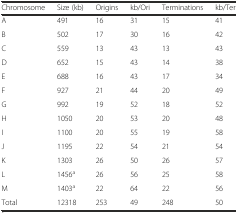
| Chromosome | Size (kb) | Origins | kb/Ori | Terminations | kb/Ter |
 | --- | --- | --- | --- | --- | --- |
 | A | 491 | 16 | 31 | 15 | 41 |
 | B | 502 | 17 | 30 | 16 | 42 |
 | C | 559 | 13 | 43 | 13 | 43 |
 | D | 652 | 15 | 43 | 14 | 38 |
 | E | 688 | 16 | 43 | 17 | 34 |
 | F | 927 | 21 | 44 | 20 | 49 |
 | G | 992 | 19 | 52 | 18 | 52 |
 | H | 1050 | 20 | 53 | 20 | 48 |
 | I | 1100 | 20 | 55 | 19 | 58 |
 | J | 1195 | 22 | 54 | 21 | 54 |
 | K | 1303 | 26 | 50 | 26 | 57 |
 | L | 1456a | 26 | 56 | 25 | 58 |
 | M | 1403a | 22 | 64 | 22 | 56 |
 | Total | 12318 | 253 | 49 | 248 | 50 |